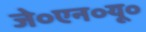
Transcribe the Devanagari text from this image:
जे०एन०यू०